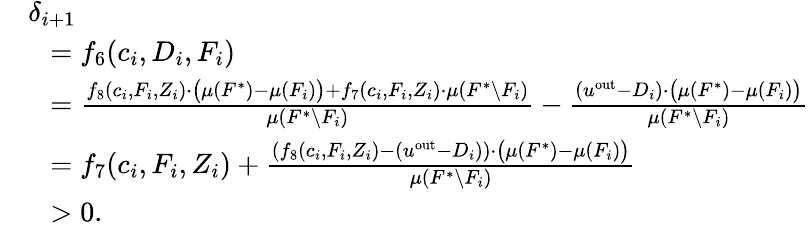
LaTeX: \begin{array}{rl}&{\delta_{i+1}}\\ {}&{~~=f_{6}(c_{i},D_{i},F_{i})}\\ {}&{~~=\frac{f_{8}(c_{i},F_{i},Z_{i})\cdot\big(\mu(F^{*})-\mu(F_{i})\big)+f_{7}(c_{i},F_{i},Z_{i})\cdot\mu(F^{*}\setminus F_{i})}{\mu(F^{*}\setminus F_{i})}-\frac{(u^{\mathrm{out}}-D_{i})\cdot\big(\mu(F^{*})-\mu(F_{i})\big)}{\mu(F^{*}\setminus F_{i})}}\\ {}&{~~=f_{7}(c_{i},F_{i},Z_{i})+\frac{\left(f_{8}(c_{i},F_{i},Z_{i})-(u^{\mathrm{out}}-D_{i})\right)\cdot\big(\mu(F^{*})-\mu(F_{i})\big)}{\mu\left(F^{*}\setminus F_{i}\right)}}\\ {}&{~~>0.}\end{array}